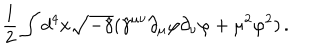
{ \frac { 1 } { 2 } } \int d ^ { 4 } x \sqrt { - \hat { \gamma } } ( \hat { \gamma } ^ { \mu \nu } \partial _ { \mu } \varphi \partial _ { \nu } \varphi + \mu ^ { 2 } \varphi ^ { 2 } ) \, .